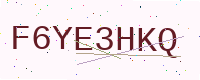
Text: F6YE3HKQ